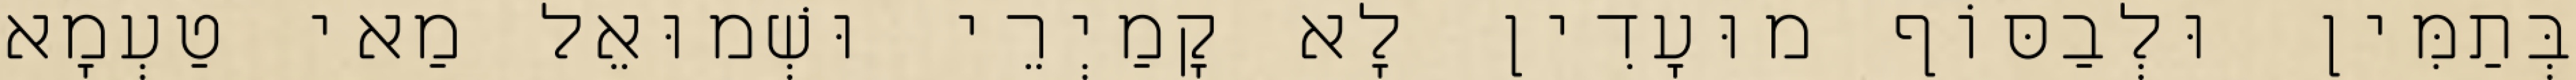
בְּתַמִּין וּלְבַסּוֹף מוּעָדִין לָא קָמַיְרֵי וּשְׁמוּאֵל מַאי טַעְמָא